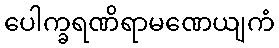
ပေါက္ခရဏိရာမဏေယျကံ